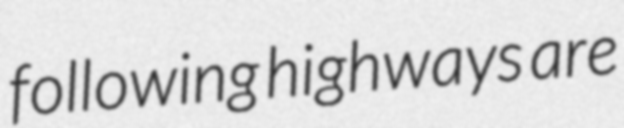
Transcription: following highways are